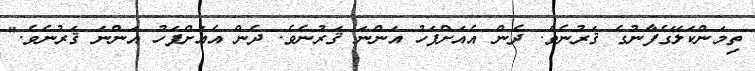
ތިމަންކަލޭގެފާނުގެ ޤަރުނެވެ. ދެން އެއަށްފަހު އަންނަ ޤަރުނެވެ. ދެން އެއަށްފަހު އަންނަ ޤަރުނެވެ."